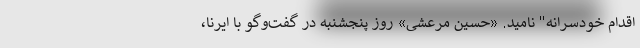
اقدام خودسرانه" نامید. «حسین مرعشی» روز پنجشنبه در گفت‌وگو با ایرنا،